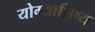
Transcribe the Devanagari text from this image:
योग्याशिष्य